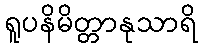
ရူပနိမိတ္တာနုသာရိ